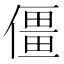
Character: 僵